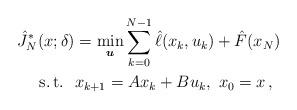
LaTeX: \begin{align*}\hat{J}_N^{\ast}(x;\delta)&=\min_{\boldsymbol{u}}\sum_{k=0}^{N-1} \hat{\ell}(x_k,u_k) + \hat{F}(x_N) \\\mbox{s.\,t.} \ \ & {x}_{k+1}=A{x}_{k}+B{u}_{k}, \ {x}_0=x\, , \end{align*}